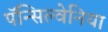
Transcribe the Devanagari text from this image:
पॅन्सिल्वेनिया